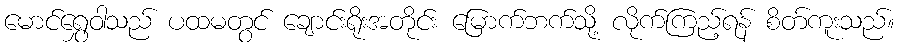
မောင်ရွှေဝါသည် ပထမတွင် ချောင်းရိုးအတိုင်း မြောက်ဘက်သို့ လိုက်ကြည့်ရန် စိတ်ကူးသည်။